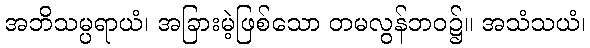
အဘိသမ္ပရာယံ၊ အခြားမဲ့ဖြစ်သော တမလွန်ဘဝ၌။ အသံသယံ၊